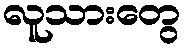
လူသားတွေ